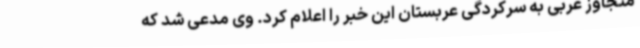
متجاوز عربی به سرکردگی عربستان این خبر را اعلام کرد. وی مدعی شد که